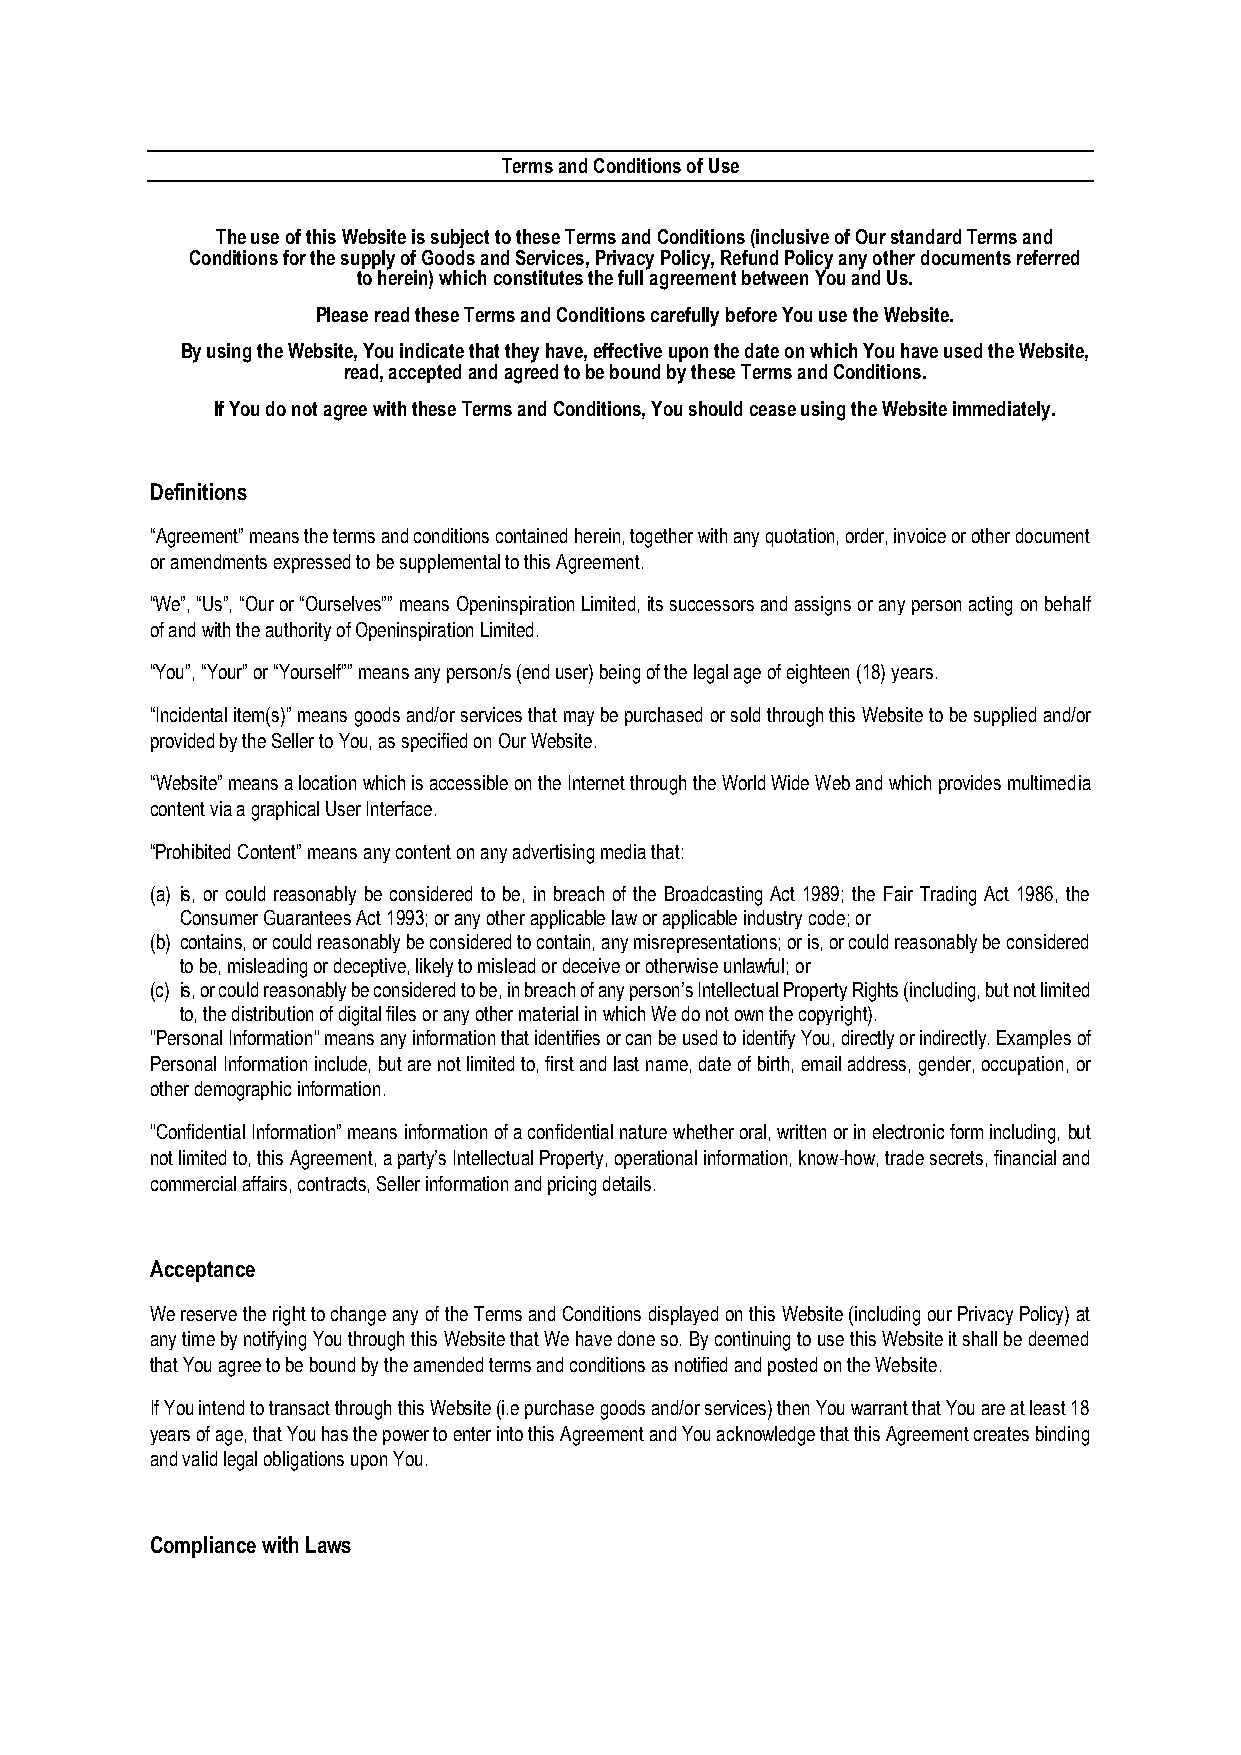
Terms and Conditions of Use
 The use of this Website is subject to these Terms and Conditions (inclusive of Our standard Terms and
 Conditions for the supply of Goods and Services, Privacy Policy, Refund Policy any other documents referred
 to herein) which constitutes the full agreement between You and Us.
 Please read these Terms and Conditions carefully before You use the Website.
 By using the Website, You indicate that they have, effective upon the date on which You have used the Website,
 read, accepted and agreed to be bound by these Terms and Conditions.
 If You do not agree with these Terms and Conditions, You should cease using the Website immediately.
 Definitions
 “Agreement” means the terms and conditions contained herein, together with any quotation, order, invoice or other document
 or amendments expressed to be supplemental to this Agreement.
 “We”, “Us”, “Our or “Ourselves”” means Openinspiration Limited, its successors and assigns or any person acting on behalf
 of and with the authority of Openinspiration Limited.
 “You”, “Your” or “Yourself”” means any person/s (end user) being of the legal age of eighteen (18) years.
 “Incidental item(s)” means goods and/or services that may be purchased or sold through this Website to be supplied and/or
 provided by the Seller to You, as specified on Our Website.
 “Website” means a location which is accessible on the Internet through the World Wide Web and which provides multimedia
 content via a graphical User Interface.
 “Prohibited Content” means any content on any advertising media that:
 (a) is, or could reasonably be considered to be, in breach of the Broadcasting Act 1989; the Fair Trading Act 1986, the
 Consumer Guarantees Act 1993; or any other applicable law or applicable industry code; or
 (b) contains, or could reasonably be considered to contain, any misrepresentations; or is, or could reasonably be considered
 to be, misleading or deceptive, likely to mislead or deceive or otherwise unlawful; or
 (c) is, or could reasonably be considered to be, in breach of any person’s Intellectual Property Rights (including, but not limited
 to, the distribution of digital files or any other material in which We do not own the copyright).
 "Personal Information" means any information that identifies or can be used to identify You, directly or indirectly. Examples of
 Personal Information include, but are not limited to, first and last name, date of birth, email address, gender, occupation, or
 other demographic information.
 "Confidential Information” means information of a confidential nature whether oral, written or in electronic form including, but
 not limited to, this Agreement, a party’s Intellectual Property, operational information, know-how, trade secrets, financial and
 commercial affairs, contracts, Seller information and pricing details.
 Acceptance
 We reserve the right to change any of the Terms and Conditions displayed on this Website (including our Privacy Policy) at
 any time by notifying You through this Website that We have done so. By continuing to use this Website it shall be deemed
 that You agree to be bound by the amended terms and conditions as notified and posted on the Website.
 If You intend to transact through this Website (i.e purchase goods and/or services) then You warrant that You are at least 18
 years of age, that You has the power to enter into this Agreement and You acknowledge that this Agreement creates binding
 and valid legal obligations upon You.
 Compliance with Laws